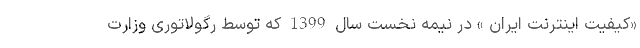
«کیفیت اینترنت ایران » در نیمه نخست سال 1399 که توسط رگولاتوری وزارت